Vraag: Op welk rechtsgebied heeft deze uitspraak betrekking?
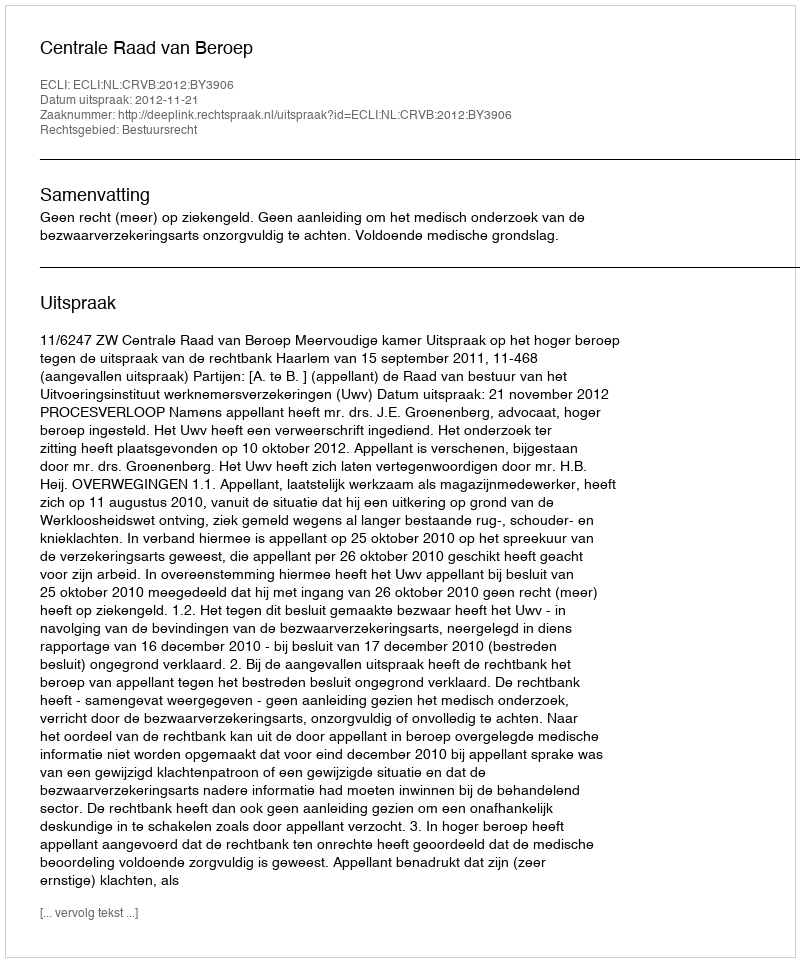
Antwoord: Bestuursrecht